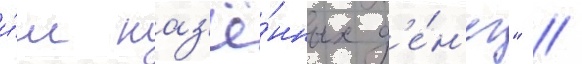
и́м каз'ё́нных д'е́н'ег" //